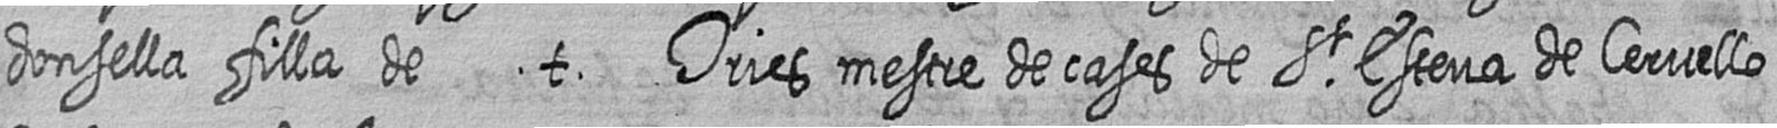
donsella filla de t Tries mestre de cases de St Esteva de Cervello